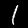
Label: 1